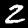
Label: 2